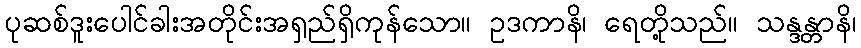
ပုဆစ်ဒူးပေါင်ခါးအတိုင်းအရှည်ရှိကုန်သော။ ဥဒကာနိ၊ ရေတို့သည်။ သန္ဒန္တာနိ၊